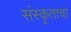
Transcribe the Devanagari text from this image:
संस्कृताचा